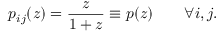
p _ { i j } ( z ) = \frac { z } { 1 + z } \equiv p ( z ) \qquad \forall i , j .